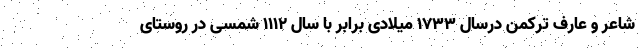
شاعر و عارف ترکمن درسال ۱۷۳۳ میلادی برابر با سال ۱۱۱۲ شمسی در روستای